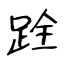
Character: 跧